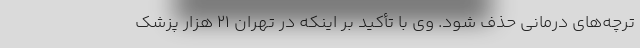
ترچه‌های درمانی حذف شود. وی با تأکید بر اینکه در تهران ۲۱ هزار پزشک